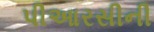
પીઆરસીની